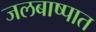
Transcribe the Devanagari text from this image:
जलबाष्पात